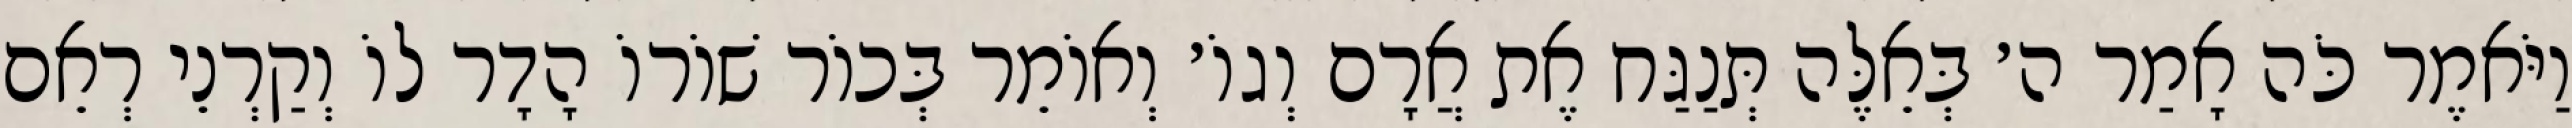
וַיֹּאמֶר כֹּה אָמַר ה׳ בְּאֵלֶּה תְּנַגַּח אֶת אֲרָם וְגוֹ׳ וְאוֹמֵר בְּכוֹר שׁוֹרוֹ הָדָר לוֹ וְקַרְנֵי רְאֵם